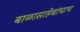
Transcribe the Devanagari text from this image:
बाळासाहेबांचाच